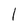
Character: l